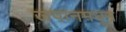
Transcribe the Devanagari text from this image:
जपानमधून